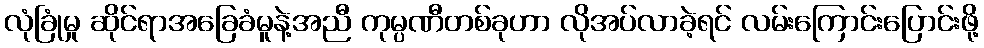
လုံခြုံမှု ဆိုင်ရာအခြေခံမူနဲ့အညီ ကုမ္ပဏီတစ်ခုဟာ လိုအပ်လာခဲ့ရင် လမ်းကြောင်းပြောင်းဖို့